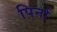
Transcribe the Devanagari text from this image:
पिर्ना